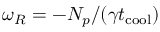
\omega _ { R } = - N _ { p } / ( \gamma t _ { \mathrm { c o o l } } )